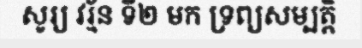
សូរ្យ វរ្ម័ន ទី២ មក ទ្រព្យសម្បត្តិ